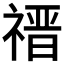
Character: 𬓎